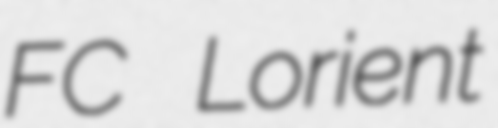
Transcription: FC Lorient